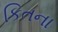
કિતના